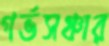
গর্ভসঞ্চার